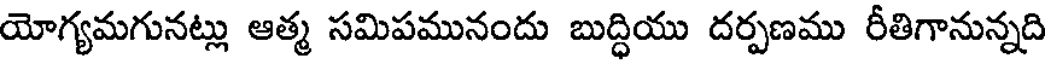
యోగ్యమగునట్లు ఆత్మ సమిపమునందు బుద్ధియు దర్పణము రీతిగానున్నది